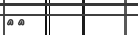
٤٤